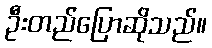
ဦးတည်ပြောဆိုသည်။